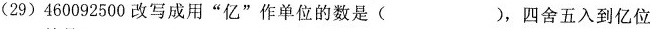
(29)460092500改写成用”亿”作单位的数是( )，四舍五入到亿位